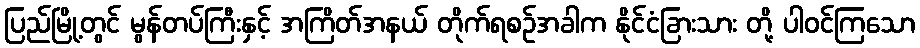
ပြည်မြို့တွင် မွန်တပ်ကြီးနှင့် အကြိတ်အနယ် တိုက်ရစဉ်အခါက နိုင်ငံခြားသား တို့ ပါဝင်ကြသော